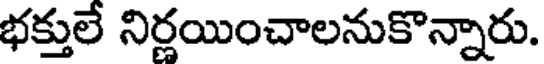
భక్తులే నిర్ణయించాలనుకొన్నారు.